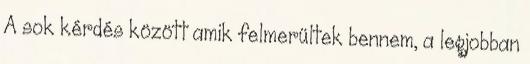
A sok kérdés között amik felmerültek bennem, a legjobban